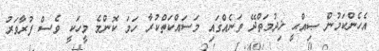
އެހެންކަމުން ޞިއްޙީ ޚިދުމަތްދޭ ތަނެއްގައި މަސައްކަތްކުރާ ހަމަ ކޮންމެ މީހަކީ ވެސް ފުރާވަރު